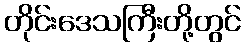
တိုင်းဒေသကြီးတို့တွင်